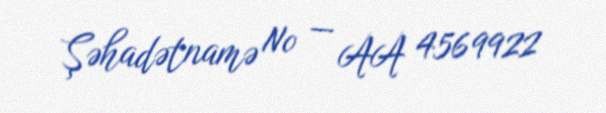
Şəhadətnamə № — AA 4569922